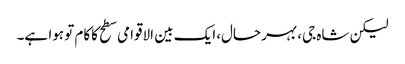
لیکن شاہ جی، بہرحال،ایک بین الاقوامی سطح کاکام تو ہوا ہے۔